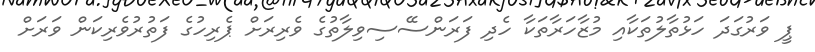
ޕީ ވަރުގަދަ ހަޅުތާލުތަކާއި މުޒާހަރާތަކާ ހެދި ފަރަންސޭސިވިލާތުގެ ވެރިރަށް ޕެރިހުގެ ފަތުރުވެރިކަން ވަރަށް